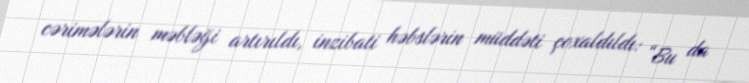
cərimələrin məbləği artırıldı, inzibati həbslərin müddəti çoxaldıldı: “Bu da